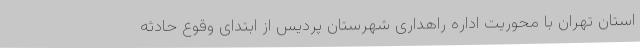
استان تهران با محوریت اداره راهداری شهرستان پردیس از ابتدای وقوع حادثه